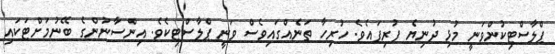
ޕްލާސްޓިކުންވަނީ މުޅި ދުނިޔެ ފުރިފައެވެ. ހުރިހާ ތަނެއްގައިވެސް ވަނީ ޕްލާސްޓިކެވެ. އިންސާނުންގެ ބޭނުމަށްޓަކައި